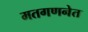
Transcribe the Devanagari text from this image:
मतगणनेत